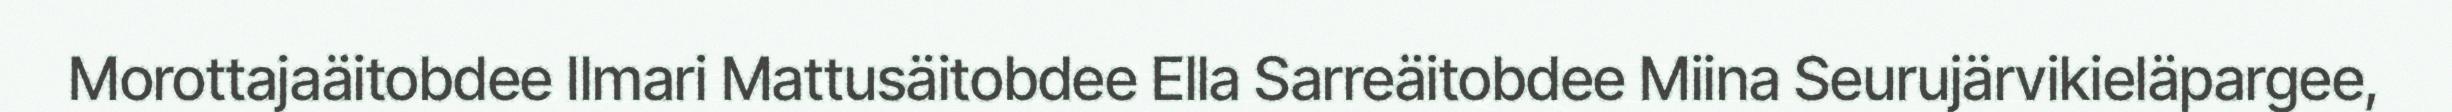
Morottajaäitobdee Ilmari Mattusäitobdee Ella Sarreäitobdee Miina Seurujärvikieläpargee,